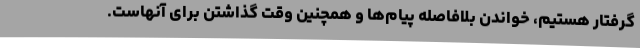
گرفتار هستیم، خواندن بلافاصله پیام‌ها و همچنین وقت گذاشتن برای آنهاست.